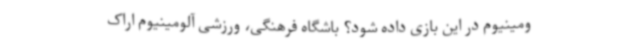
ومینیوم در این بازی داده شود؟ باشگاه فرهنگی، ورزشی آلومینیوم اراک